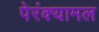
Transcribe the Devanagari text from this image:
पेरंक्यामल